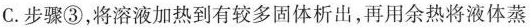
C. 步骤③，将溶液加热到有较多固体析出，再用余热将液体蒸